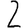
Digit: 2